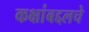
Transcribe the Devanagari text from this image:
कक्षांबद्दलचे